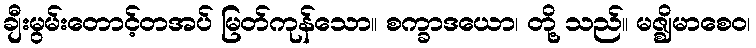
ချီးမွမ်းတောင့်တအပ် မြတ်ကုန်သော။ စက္ခာဒယော၊ တို့ သည်။ မဇ္ဈိမာစေဝ၊